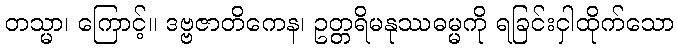
တသ္မာ၊ ကြောင့်။ ဒဗ္ဗဇာတိကေန၊ ဥတ္တရိမနုဿဓမ္မကို ရခြင်းငှါထိုက်သော